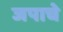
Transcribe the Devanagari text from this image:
जपाचे